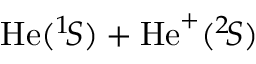
\mathrm { H e } ( ^ { 1 } \! S ) + \mathrm { H e } ^ { + } ( ^ { 2 } \! S )